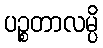
ပဉ္စတာလမ္ပိ